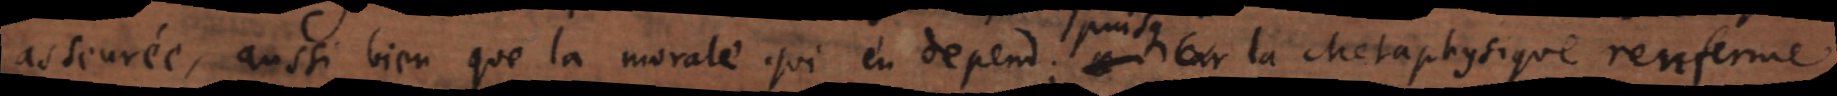
asseurée, aussi bien que la morale qui en depend; car puisque la